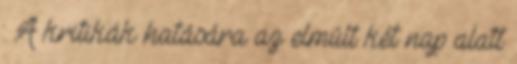
: A kritikák hatására az elmúlt két nap alatt